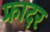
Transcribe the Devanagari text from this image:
फ्रादर